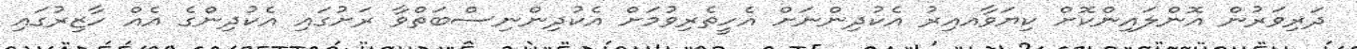
ދަރިވަރުން އޮންލައިންކޮށް ކިޔަވާއއިރު އެކުދިންނަށް އެހީތެރިވުމަށް އެކުދިންނިސްބަތްވާ ރަށުގައި އެކުދިންގެ އެއް ހާޒިރުގައި